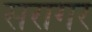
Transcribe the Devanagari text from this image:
सरागर